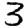
Digit: 3